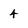
Character: 4